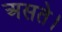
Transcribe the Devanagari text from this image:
असते।